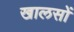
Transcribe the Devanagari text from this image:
खालसों